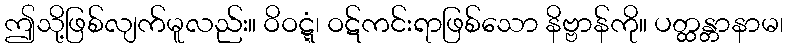
ဤသို့ဖြစ်လျက်မူလည်း။ ဝိဝဋ္ဋံ၊ ဝဋ်ကင်းရာဖြစ်သော နိဗ္ဗာန်ကို။ ပတ္ထန္တာနာမ၊